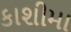
કાશીમા